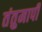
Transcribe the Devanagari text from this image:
तंतुमापी